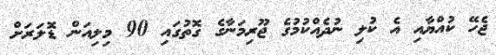
ޖެހޭ ކުއްޔާއި އެ ކުލި ނުދެއްކުުމުގެ ޖޫރިމަނާގެ ގޮތުގައި 90 މިލިއަން ޑޮލަރަށް